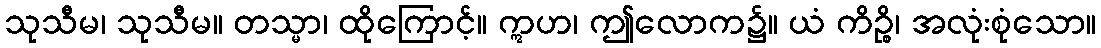
သုသီမ၊ သုသီမ။ တသ္မာ၊ ထိုကြောင့်။ ဣဟ၊ ဤလောက၌။ ယံ ကိဉ္စိ၊ အလုံးစုံသော။